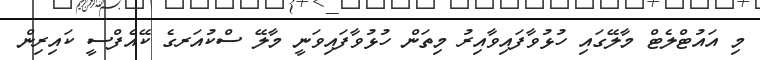
މި އައުޓްލެޓް މާލޭގައި ހުޅުވާފައިވާއިރު މިތަން ހުޅުވާފައިވަނީ މާލޭ ސްކުއަރގެ ކޭއެފްސީ ކައިރިން